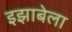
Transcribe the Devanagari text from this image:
इझाबेला